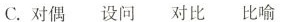
C.对偶设问对比比喻